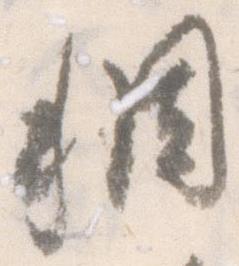
稠